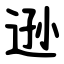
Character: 逊